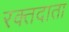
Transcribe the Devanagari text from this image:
रक्‍तदाता